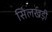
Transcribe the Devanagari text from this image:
सिलखड़ी